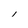
Character: l